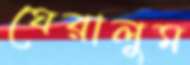
ঘেরালুম